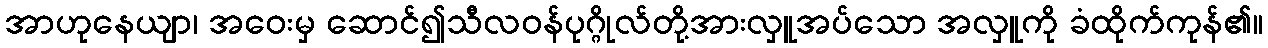
အာဟုနေယျာ၊ အဝေးမှ ဆောင်၍သီလဝန်ပုဂ္ဂိုလ်တို့အားလှူအပ်သော အလှူကို ခံထိုက်ကုန်၏။